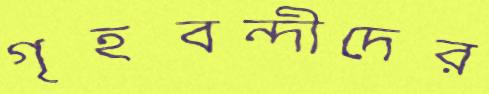
গৃহবন্দীদের